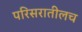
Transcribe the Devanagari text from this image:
परिसरातीलच